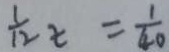
\frac { 1 } { 1 2 } x = \frac { 1 } { 4 0 }